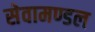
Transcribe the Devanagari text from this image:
सेवामण्डल